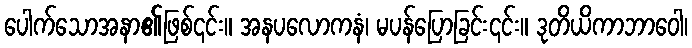
ပေါက်သောအနာ၏ဖြစ်၎င်း။ အနပလောကနံ၊ မပန်ပြောခြင်း၎င်း။ ဒုတိယိကာဘာဝေါ၊